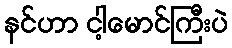
နင်ဟာ ငါ့မောင်ကြီးပဲ